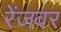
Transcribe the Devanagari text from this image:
रेंजवर